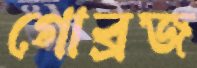
গোব্রজ